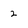
Character: 2